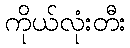
ကိုယ်လုံးတီး